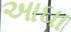
આઘા